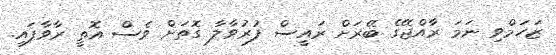
ޒަހަމްވި ނަމަ ރާއްޖޭގެ ބޭރަށް ރައީސް ފުރުވާލާ ގޮތަށް ވެސް އޮތީ ރާވާފައި.